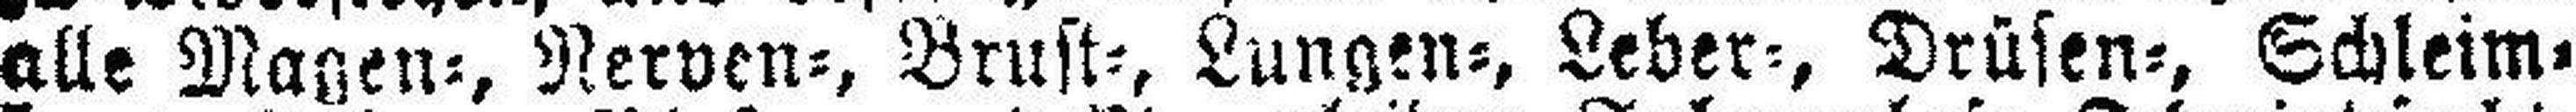
alle Magen=, Nerven=, Brust=, Lungen=, Leber=, Drüsen=, Schleim¬